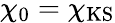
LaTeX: \chi_{0}=\chi_{\mathrm{KS}}